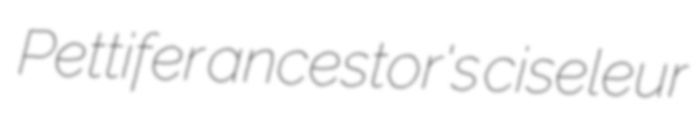
Pettifer ancestor's ciseleur